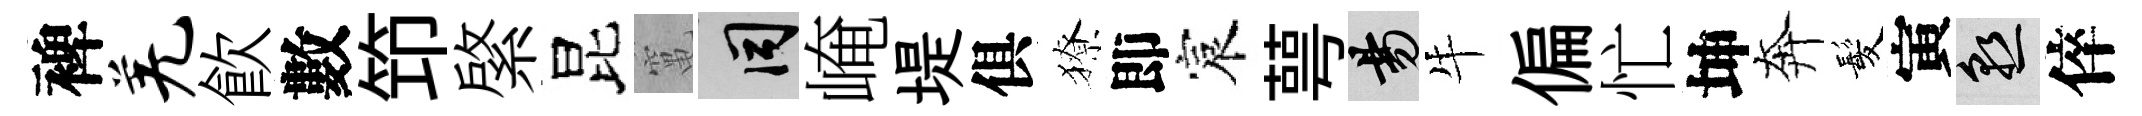
裨羌飮數笻綮昆𥧄间崦堤俱獠即宸萼昜牛偏忙坤奔髪寅熟倅